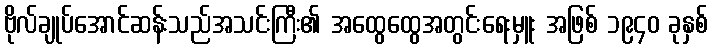
ဗိုလ်ချုပ်အောင်ဆန်းသည်အသင်းကြီး၏ အထွေထွေအတွင်းရေးမှူး အဖြစ် ၁၉၄၀ ခုနှစ်